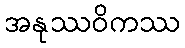
အနုဿဝိကဿ